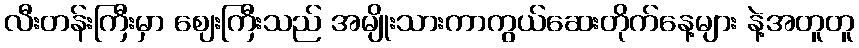
လီးတန်းကြီးမှာ ဈေးကြီးသည် အမျိုးသားကာကွယ်ဆေးတိုက်နေ့များ နဲ့အတူတူ